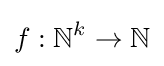
f:\mathbb {N} ^{k}\rightarrow \mathbb {N}